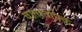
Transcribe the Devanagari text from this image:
वातातपिक